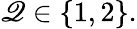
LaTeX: \mathscr{Q}\in\{ 1,2\} .